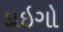
દાઇગો